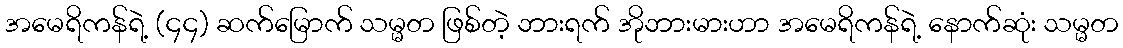
အမေရိကန်ရဲ့ (၄၄) ဆက်မြောက် သမ္မတ ဖြစ်တဲ့ ဘားရက် အိုဘားမားဟာ အမေရိကန်ရဲ့ နောက်ဆုံး သမ္မတ